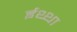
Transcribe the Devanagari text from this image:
ईथ्था